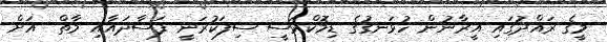
މީގެ ރައްދުގައި އީރާނުން ހުޅަނގުގެ ޑިމޮކްރަސީ ސިފަކުރަނީ ފަސާދައާއި މާތް  އަށް